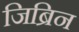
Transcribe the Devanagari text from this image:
जिब्रिन